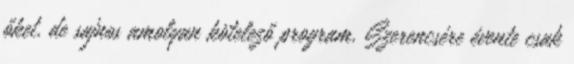
őket, de sajnos amolyan kötelező program. Szerencsére évente csak